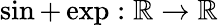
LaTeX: \sin+\exp:\mathbb{R}\to\mathbb{R}